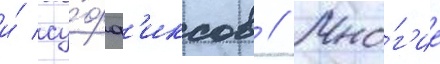
и́ су́фф'иксов // Мно́г'ие